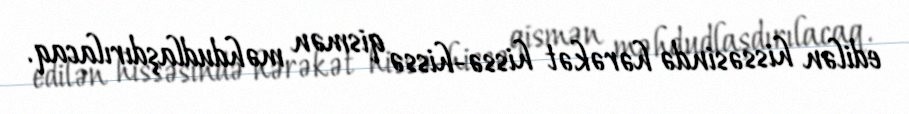
edilən hissəsində hərəkət hissə-hissə qismən məhdudlaşdırılacaq.